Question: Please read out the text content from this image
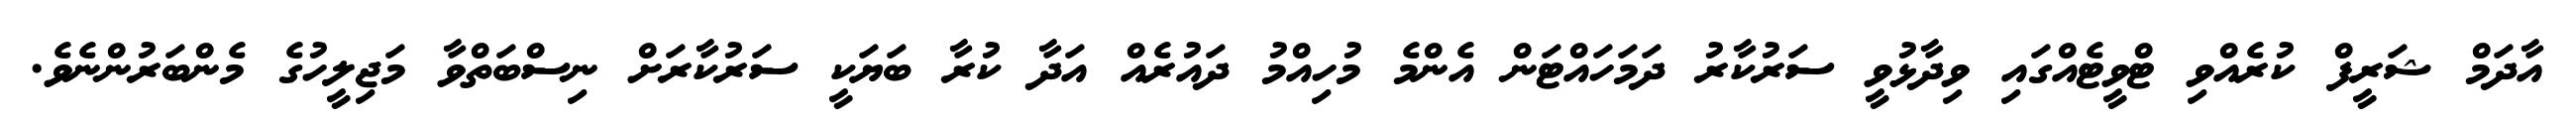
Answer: އާދަމް ޝަރީފް ކުރެއްވި ޓްވީޓެއްގައި ވިދާޅުވީ ސަރުކާރު ދަމަހައްޓަން އެންމެ މުހިއްމު ދައުރެއް އަދާ ކުރާ ބަޔަކީ ސަރުކާރަށް ނިސްބަތްވާ މަޖިލީހުގެ މެންބަރުންނެވެ.